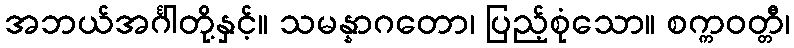
အဘယ်အင်္ဂါတို့နှင့်။ သမန္နာဂတော၊ ပြည့်စုံသော။ စက္ကဝတ္တီ၊